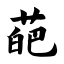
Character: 葩